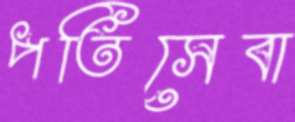
পতিসেবা